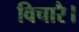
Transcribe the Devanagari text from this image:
विचारै।